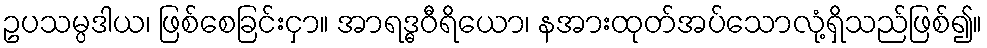
ဥပသမ္ပဒါယ၊ ဖြစ်စေခြင်းငှာ။ အာရဒ္ဓဝီရိယော၊ နအားထုတ်အပ်သောလုံ့ရှိသည်ဖြစ်၍။